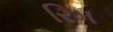
રિમ